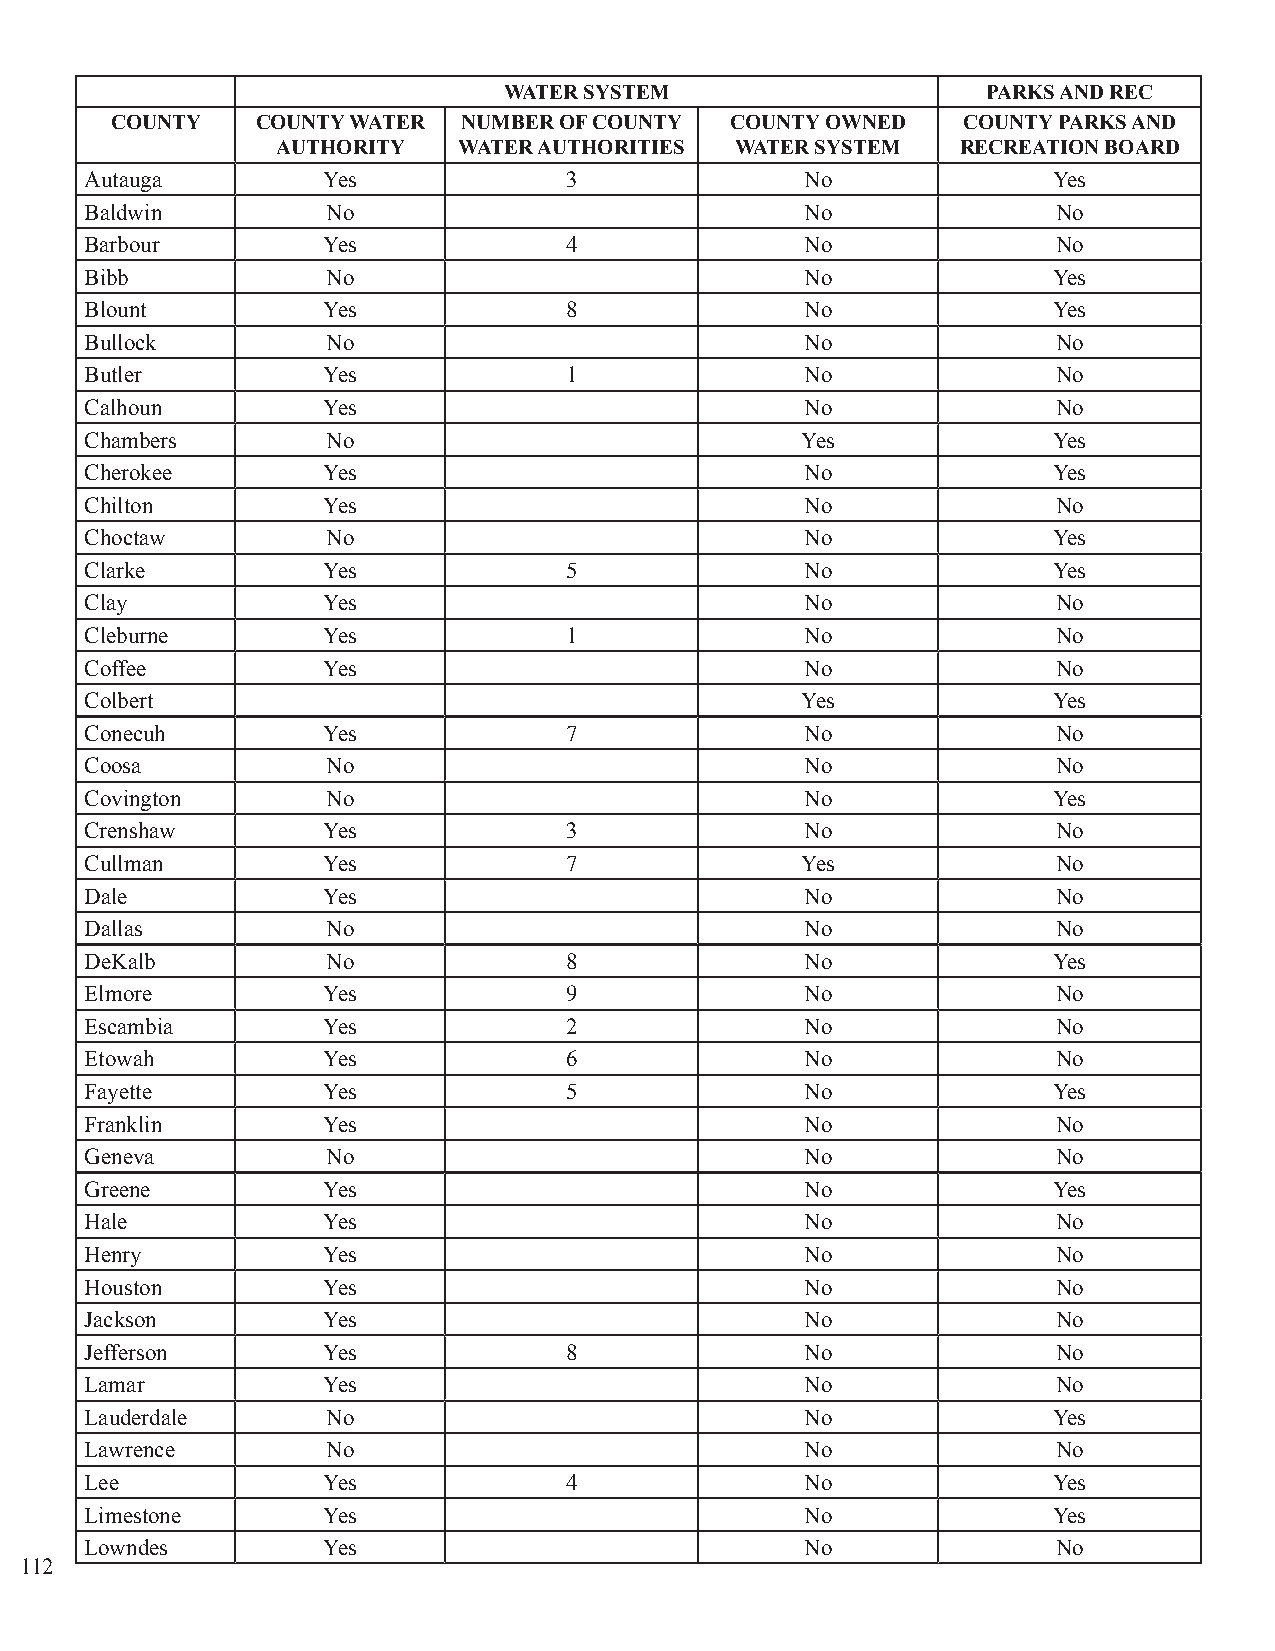
WATER SYSTEM                    PARKS AND REC
 COUNTY    COUNTY WATER  NUMBER OF COUNTY COUNTY OWNED    COUNTY PARKS AND
 AUTHORITY   WATER AUTHORITIES  WATER SYSTEM   RECREATION BOARD
 Autauga        Yes             3               No               Yes
 Baldwin         No                             No               No
 Barbour        Yes             4               No               No
 Bibb            No                             No               Yes
 Blount         Yes             8               No               Yes
 Bullock         No                             No               No
 Butler         Yes             1               No               No
 Calhoun        Yes                             No               No
 Chambers        No                             Yes              Yes
 Cherokee       Yes                             No               Yes
 Chilton        Yes                             No               No
 Choctaw         No                             No               Yes
 Clarke         Yes             5               No               Yes
 Clay           Yes                             No               No
 Cleburne       Yes             1               No               No
 Coffee         Yes                             No               No
 Colbert                                        Yes              Yes
 Conecuh        Yes             7               No               No
 Coosa           No                             No               No
 Covington       No                             No               Yes
 Crenshaw       Yes             3               No               No
 Cullman        Yes             7               Yes              No
 Dale           Yes                             No               No
 Dallas          No                             No               No
 DeKalb          No             8               No               Yes
 Elmore         Yes             9               No               No
 Escambia       Yes             2               No               No
 Etowah         Yes             6               No               No
 Fayette        Yes             5               No               Yes
 Franklin       Yes                             No               No
 Geneva          No                             No               No
 Greene         Yes                             No               Yes
 Hale           Yes                             No               No
 Henry          Yes                             No               No
 Houston        Yes                             No               No
 Jackson        Yes                             No               No
 Jefferson      Yes             8               No               No
 Lamar          Yes                             No               No
 Lauderdale      No                             No               Yes
 Lawrence        No                             No               No
 Lee            Yes             4               No               Yes
 Limestone      Yes                             No               Yes
 Lowndes        Yes                             No               No
 112